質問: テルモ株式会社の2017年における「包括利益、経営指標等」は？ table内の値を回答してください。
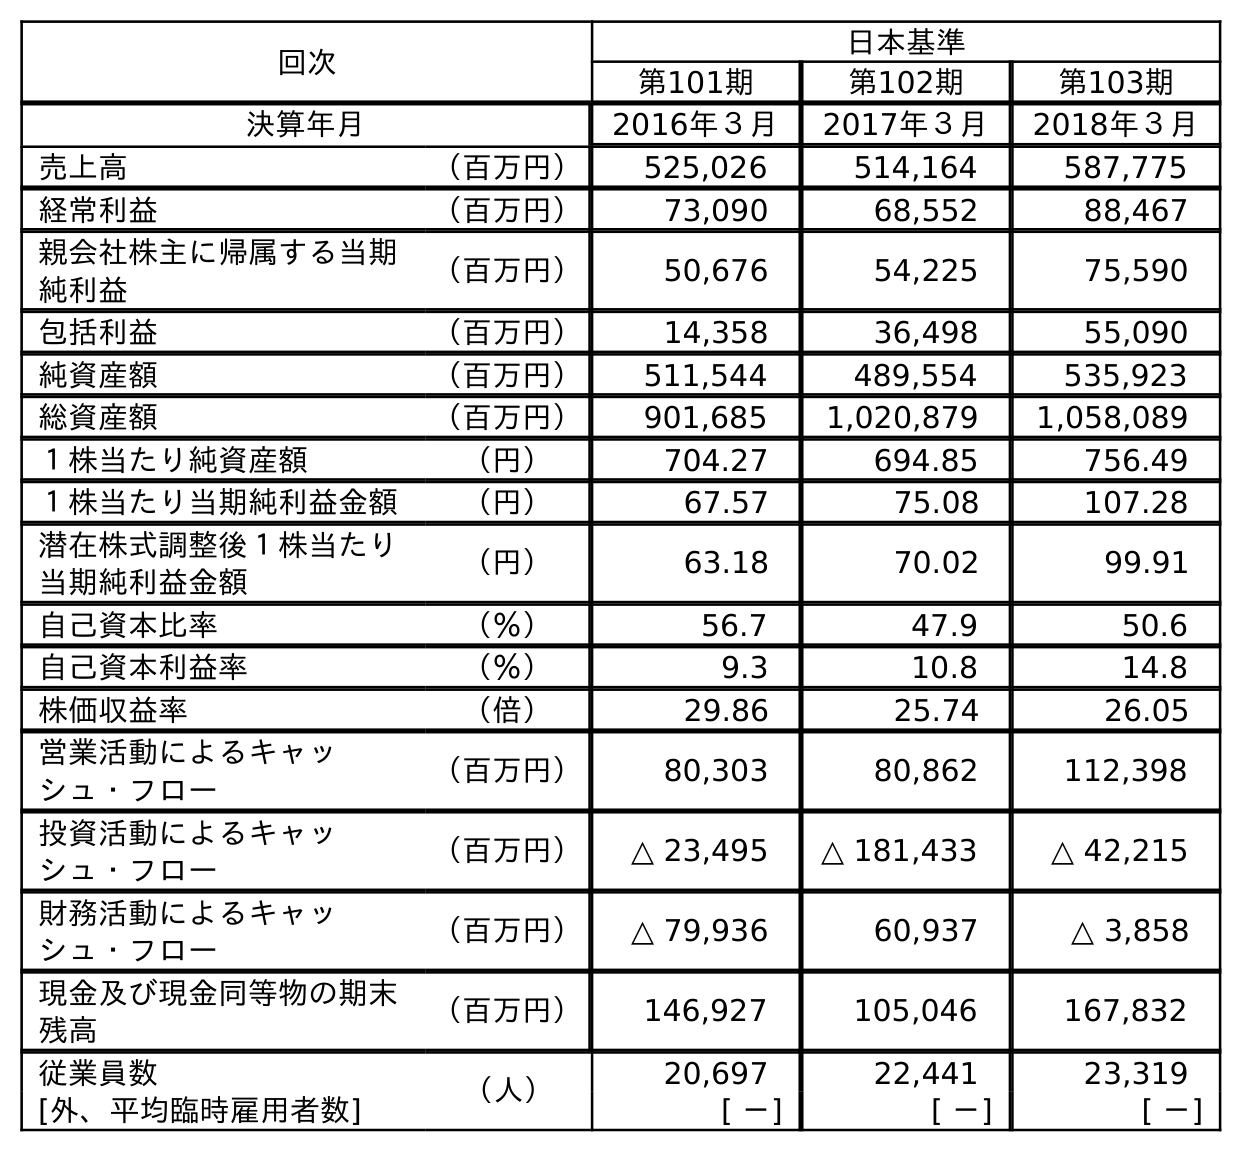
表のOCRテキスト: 回次 日本基準 第101期 第102期 第103期 決算年月 2016年３月 2017年３月 2018年３月 売上高 （百万円） 525,026 514,164 587,775 経常利益 （百万円） 73,090 68,552 88,467 親会社株主に帰属する当期 純利益 （百万円） 50,676 54,225 75,590 包括利益 （百万円） 14,358 36,498 55,090 純資産額 （百万円） 511,544 489,554 535,923 総資産額 （百万円） 901,685 1,020,879 1,058,089 １株当たり純資産額 （円） 704.27 694.85 756.49 １株当たり当期純利益金額 （円） 67.57 75.08 107.28 潜在株式調整後１株当たり 当期純利益金額 （円） 63.18 70.02 99.91 自己資本比率 （％） 56.7 47.9 50.6 自己資本利益率 （％） 9.3 10.8 14.8 株価収益率 （倍） 29.86 25.74 26.05 営業活動によるキャッ シュ・フロー （百万円） 80,303 80,862 112,398 投資活動によるキャッ シュ・フロー （百万円） △ 23,495 △ 181,433 △ 42,215 財務活動によるキャッ シュ・フロー （百万円） △ 79,936 60,937 △ 3,858 現金及び現金同等物の期末 残高 （百万円） 146,927 105,046 167,832 従業員数 （人） 20,697 22,441 23,319 [外、平均臨時雇用者数] [ －] [ －] [ －]
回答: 36,498